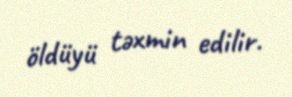
öldüyü təxmin edilir.